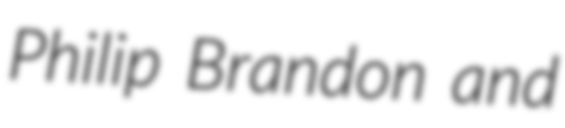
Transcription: Philip Brandon and